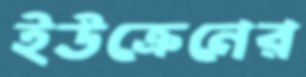
ইউক্রেনের